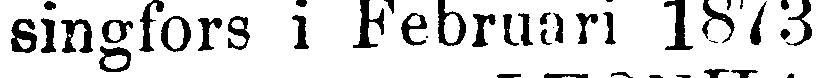
singfors i Februari 1873